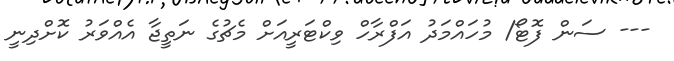
--- ސަން ފޮޓޯ/ މުހައްމަދު އަފްރާހް ވިކްޓަރީއަށް މެޗުގެ ނަތީޖާ އެއްވަރު ކޮށްދިނީ